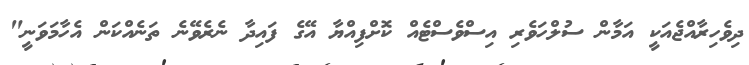
ދިވެހިރާއްޖެއަކީ އަމާން ސުލްހަވެރި އިސްވެސްޓެއް ކޮށްފިއްޔާ އޭގެ ފައިދާ ނެރެވޭނެ ތަނެއްކަން އެހާމަވަނީ"